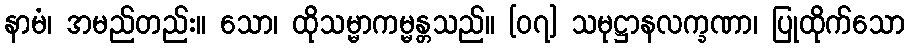
နာမံ၊ အမည်တည်း။ သော၊ ထိုသမ္မာကမ္မန္တသည်။ [၀၇] သမုဋ္ဌာနလက္ခဏာ၊ ပြုထိုက်သော